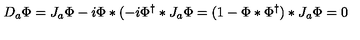
D _ { a } \Phi = J _ { a } \Phi - i \Phi * ( - i \Phi ^ { \dag } * J _ { a } \Phi = ( 1 - \Phi * \Phi ^ { \dag } ) * J _ { a } \Phi = 0